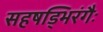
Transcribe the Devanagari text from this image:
सहषड्भिरंगैः